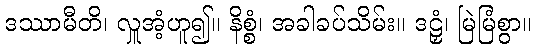
ဒဿာမီတိ၊ လှူအံ့ဟူ၍။ နိစ္စံ၊ အခါခပ်သိမ်း။ ဒဠှံ၊ မြဲမြံစွာ။